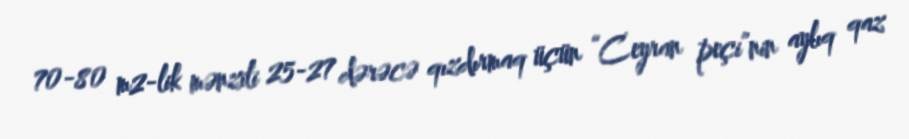
70-80 m2-lik mənzili 25-27 dərəcə qızdırmaq üçün “Ceyran peçi”nin aylıq qaz